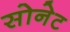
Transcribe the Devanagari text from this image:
सोनेट